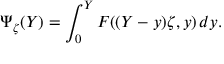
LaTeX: \Psi _ { \zeta } ( Y ) = \int _ { 0 } ^ { Y } F ( ( Y - y ) \zeta , y ) \, d y .